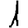
Digit: 1